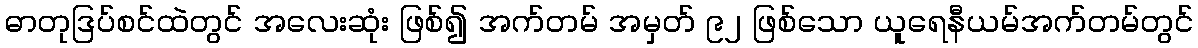
ဓာတုဒြပ်စင်ထဲတွင် အလေးဆုံး ဖြစ်၍ အက်တမ် အမှတ် ၉၂ ဖြစ်သော ယူရေနီယမ်အက်တမ်တွင်